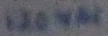
Text: 120VAC